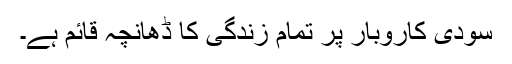
سودی کاروبار پر تمام زندگی کا ڈھانچہ قائم ہے۔